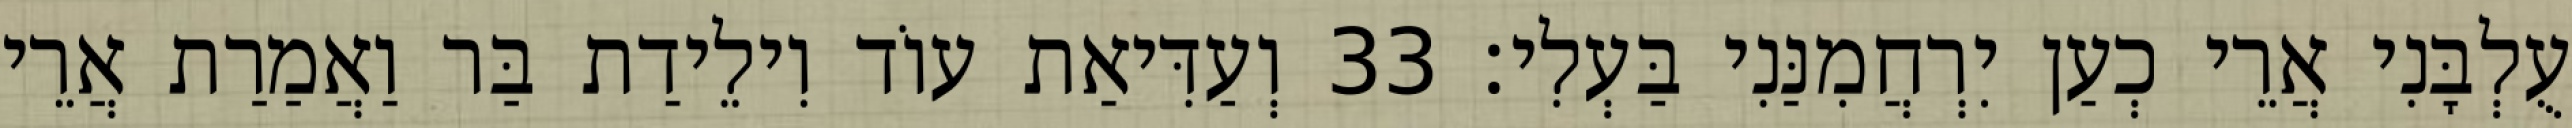
עֻלְבָּנִי אֲרֵי כְעַן יִרְחֲמִנַּנִי בַּעְלִי׃ 33 וְעַדִּיאַת עוֹד וִילֵידַת בַּר וַאֲמַרַת אֲרֵי